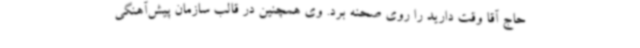
حاج آقا وقت دارید را روی صحنه برد. وی همچنین در قالب سازمان پیش‌آهنگی